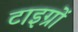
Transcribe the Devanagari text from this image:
टाइग्रों